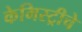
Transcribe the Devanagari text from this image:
केमिस्ट्रीचे